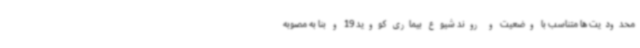
محدودیت ها متناسب با وضعیت و روند شیوع بیماری کووید 19 و بنا به مصوبه